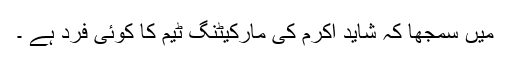
میں سمجھا کہ شاید اکرم کی مارکیٹنگ ٹیم کا کوئی فرد ہے ۔